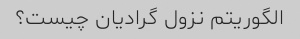
الگوریتم نزول گرادیان چیست؟